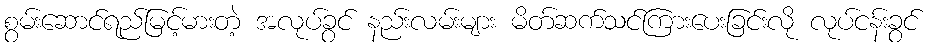
စွမ်းဆောင်ရည်မြင့်မားတဲ့ အလုပ်ခွင် နည်းလမ်းများ မိတ်ဆက်သင်ကြားပေးခြင်းလို လုပ်ငန်းခွင်